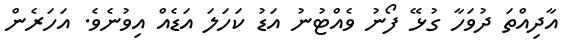
އާދިއްތަ ދުވަހާ ގުޅޭ ފޯނު ވެއްޓުނު އަޑު ކަހަލަ އަޑެއް އިވުނެވެ. އަހަރެން